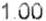
1.00